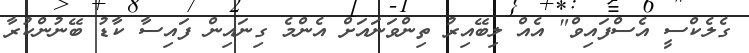
ގެލެކްސީ އެސްފައިވް" އެއް ލިބޭއިރު ތިންވަނައަށް އެންމެ ގިނައިން ފައިސާ ކާޑު ބޭނުންކުރާ